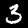
Label: 3